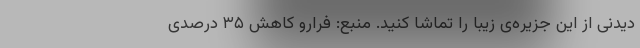
دیدنی از این جزیره‌ی زیبا را تماشا کنید. منبع: فرارو کاهش ۳۵ درصدی